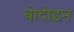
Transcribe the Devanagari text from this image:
बोदोइन